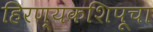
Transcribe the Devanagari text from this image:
हिरण्यकशिपूचा